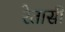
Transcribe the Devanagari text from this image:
रेतासी